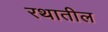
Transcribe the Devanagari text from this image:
रथातील